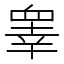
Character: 睾